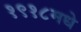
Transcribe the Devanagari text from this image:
१९१८मधे